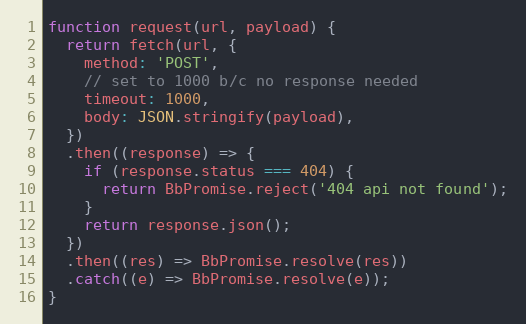
Language: JavaScript
function request(url, payload) {
  return fetch(url, {
    method: 'POST',
    // set to 1000 b/c no response needed
    timeout: 1000,
    body: JSON.stringify(payload),
  })
  .then((response) => {
    if (response.status === 404) {
      return BbPromise.reject('404 api not found');
    }
    return response.json();
  })
  .then((res) => BbPromise.resolve(res))
  .catch((e) => BbPromise.resolve(e));
}